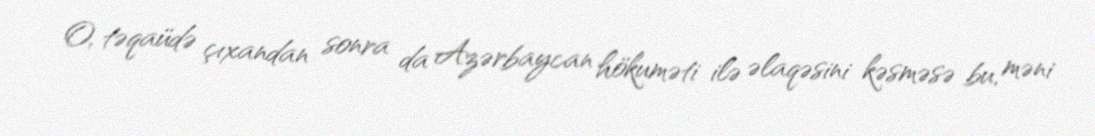
O, təqaüdə çıxandan sonra da Azərbaycan hökuməti ilə əlaqəsini kəsməsə bu, məni